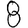
Digit: 8